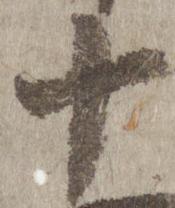
十